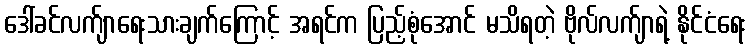
ဒေါ်ခင်လက်ျာရေးသားချက်ကြောင့် အရင်က ပြည့်စုံအောင် မသိရတဲ့ ဗိုလ်လက်ျာရဲ့ နိုင်ငံရေး